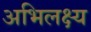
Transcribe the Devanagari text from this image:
अभिलक्ष्य